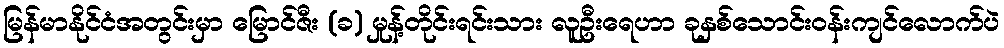
မြန်မာနိုင်ငံအတွင်းမှာ မြောင်ဇီး (ခ) မှုန့်တိုင်းရင်းသား လူဦးရေဟာ ခုနှစ်သောင်းဝန်းကျင်လောက်ပဲ